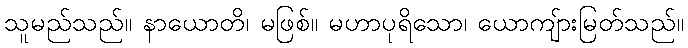
သူမည်သည်။ နာယောတိ၊ မဖြစ်။ မဟာပုရိသော၊ ယောကျ်ားမြတ်သည်။